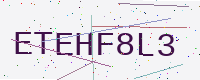
Text: ETEHF8L3